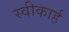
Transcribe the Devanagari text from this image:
स्वीकार्ह